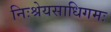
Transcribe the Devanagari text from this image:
निःश्रेयसाधिगमः